Sketch of the medical history of the native army of Bombay, for the year
Year: 1872
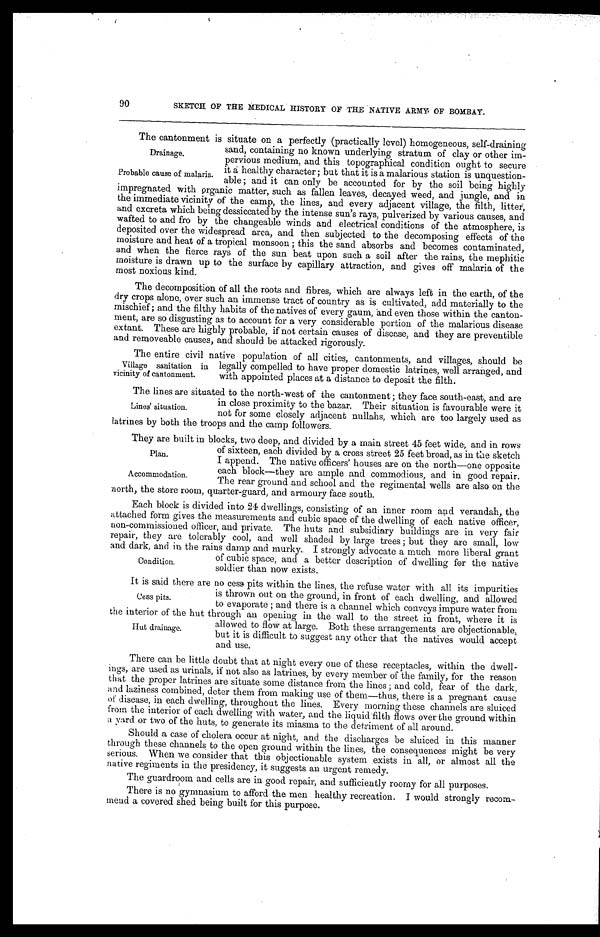
Drainage.
Probable cause of malaria.
Plan.
Accommodation.
90
SKETCH OF THE MEDICAL HISTORY OF THE NATIVE ARMY. OF BOMBAY.
The cantonment is situate on a perfectly (practically level) homogeneous, self-draining
sand, containing no known underlying stratum of clay or other im
-pervious medium, and this topographical condition ought to secure
it a healthy character; but that it is a malarious station is unquestion
-
able: and it can only be accounted for by the soil being highly
impregnated with organic matter, such as fallen leaves, decayed weed, and jungle, and in
the immediate vicinity of the camp, the lines, and every adjacent village, the filth, litter,
and excreta which being dessiccated by the intense sun's rays, pulverized by various causes, and
wafted to and fro by the changeable winds and electrical conditions of the atmosphere, is
deposited over the widespread area, and then subjected to the decomposing effects of the
moisture and heat of a tropical monsoon ; this the sand absorbs and becomes contaminated,
and when the fierce rays of the sun beat upon such a soil after the rains, the mephitic
moisture is drawn up to the surface by capillary attraction, and gives off malaria of the
most noxious kind.
The decomposition of all the roots and fibres, which are always left in the earth, of the
dry crops alone, over such an immense tract of country as is cultivated, add materially to the
mischief; and the filthy habits of the natives of every gaum, "and even those within the canton
- m e n t , a r e s o d i s g u s t i n g a s t o a c c o u n t f o r a v e r y c o n s i d e r a b l e p o r t i o n o f t h e m a l a r i o u s d i s e a s e
extant. These are highly probable, if not certain causes of disease, and they are preventible
and removeable causes and should be attacked rigorously.
The entire civil native population of all cities, cantonments, and villages, should be
Village sanitation in
vicinity of cantonment.
legally compelled to have proper domestic latrines, well arranged, and
with appointed places at a distance to deposit the filth.
The lines are situated to the north-west of the cantonment: they face south-east, and are
Lines' situation.
in close proximity to the bazar. Their situation is favourable were it
not for some closely adjacent nullahs. which are too largely used as
Latrines by both the troops and the camp followers.
T h e y a r e b u i l t i n b o c k s , t w o d e e p a n d d i v i d e d b y a m a i n s t r e e t 4 5 f e e t w i d e , a n d i n r o w s
of sixteen, each divided by a cross street 25 feet broad, as in the sketch
I append. The native officers' houses are on the north—one opposite
each block—they are ample and commodious, and in good repair.
The rear ground and school and the regimental wells are also on the
north, the store room, quarter-guard, and armoury face south.
Each block is divided into 24 dwellings, consisting of an inner room and verandah, the
attached form gives the measurements and cubic space of the dwelling of each native officer,
non-commissioned officer, and private. The huts and subsidiary buildings are in very fair
repair, they are tolerably cool, and well shaded by large trees; but they are small, low
and dark and in the rains damp and murky. I strongly advocate a much more liberal grant
Condition.
of cubic space, and a better description of dwelling for the native
soldier than now exists..
It, is said there ere no cess nits within the lines the refuse water with all its
is thrown out on the ground, in front of each dwelling, and allowed
to evaporate; and there is a channel which conveys impure water from
the interior of the hut through an opening in the wall to the street in front, where it is
Cess pits.
Hut drainage.
allowed to flow at large. Both these arrangements are objectionable
but it is difficult to suggest any other that the natives would accept
and use.
There can be little doubt that at night every one of these receptacles, within the dwell
- i n g s , a r e u s e d a s u r i n a l s , i f n o t a l s o a s l a t r i n e s , b y e v e r y m e m b e r o f t h e f a m i l y , f o r t h e r e a s o n
that the proper latrines are situate some distance from the lines; and cold, fear of the dark,
and laziness combined, deter them from making use of them—thus, there is a pregnant cause
of disease, in each dwelling, throughout the lines. Every morning these channels are sluiced
from the interior of each dwelling with water, and the liquid filth flows over the ground within
a yard or two of the huts, to generate its miasma to the detriment of all around.
Should a case of cholera occur at night, and the discharges be sluiced in this manner
through these channels to the open ground within the lines, the consequences might be very
serious. When we consider that this objectionable system exists in all, or almost all the
native regiments in the presidency, it suggests an urgent remedy.
The guardroom and cells are in good repair, and sufficiently roomy for all purposes.
There is no gymnasium to afford the men healthy recreation. I would strongly recom-
mend a covered shed being built for this purpose.